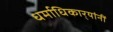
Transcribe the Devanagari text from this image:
धर्माधिकार्‍यांनीं